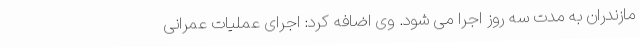
مازندران به مدت سه روز اجرا می شود. وی اضافه کرد: اجرای عملیات عمرانی